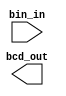
`timescale 1ns / 1ps
//////////////////////////////////////////////////////////////////////////////////
// Company: 
// Engineer: 
// 
// Design Name: 
// Module Name: binary2bcd
// Project Name: 
// Target Devices: 
// Tool Versions: 
// Description: 
// 
// Dependencies: 
// 
// Revision:
// Revision 0.01 - File Created
// Additional Comments:
// 
//////////////////////////////////////////////////////////////////////////////////


module binary2bcd(
    input [23:0] bin_in,
    output [27:0] bcd_out
    );
    
endmodule